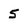
Character: 5